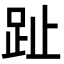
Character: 趾